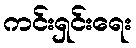
ကင်းရှင်းရေး